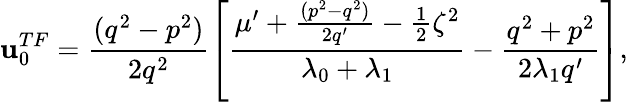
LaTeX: \mathbf{u}_{0}^{TF}=\frac{{(q^{2}-p^{2})}}{{2q^{2}}}\left[\frac{{\mu^{\prime}+\frac{{(p^{2}-q^{2})}}{{2q^{\prime}}}-\frac{{1}}{{2}}\zeta^{2}}}{{\lambda_{0}+\lambda_{1}}}-\frac{{q^{2}+p^{2}}}{{2\lambda_{1}q^{\prime}}}\right],